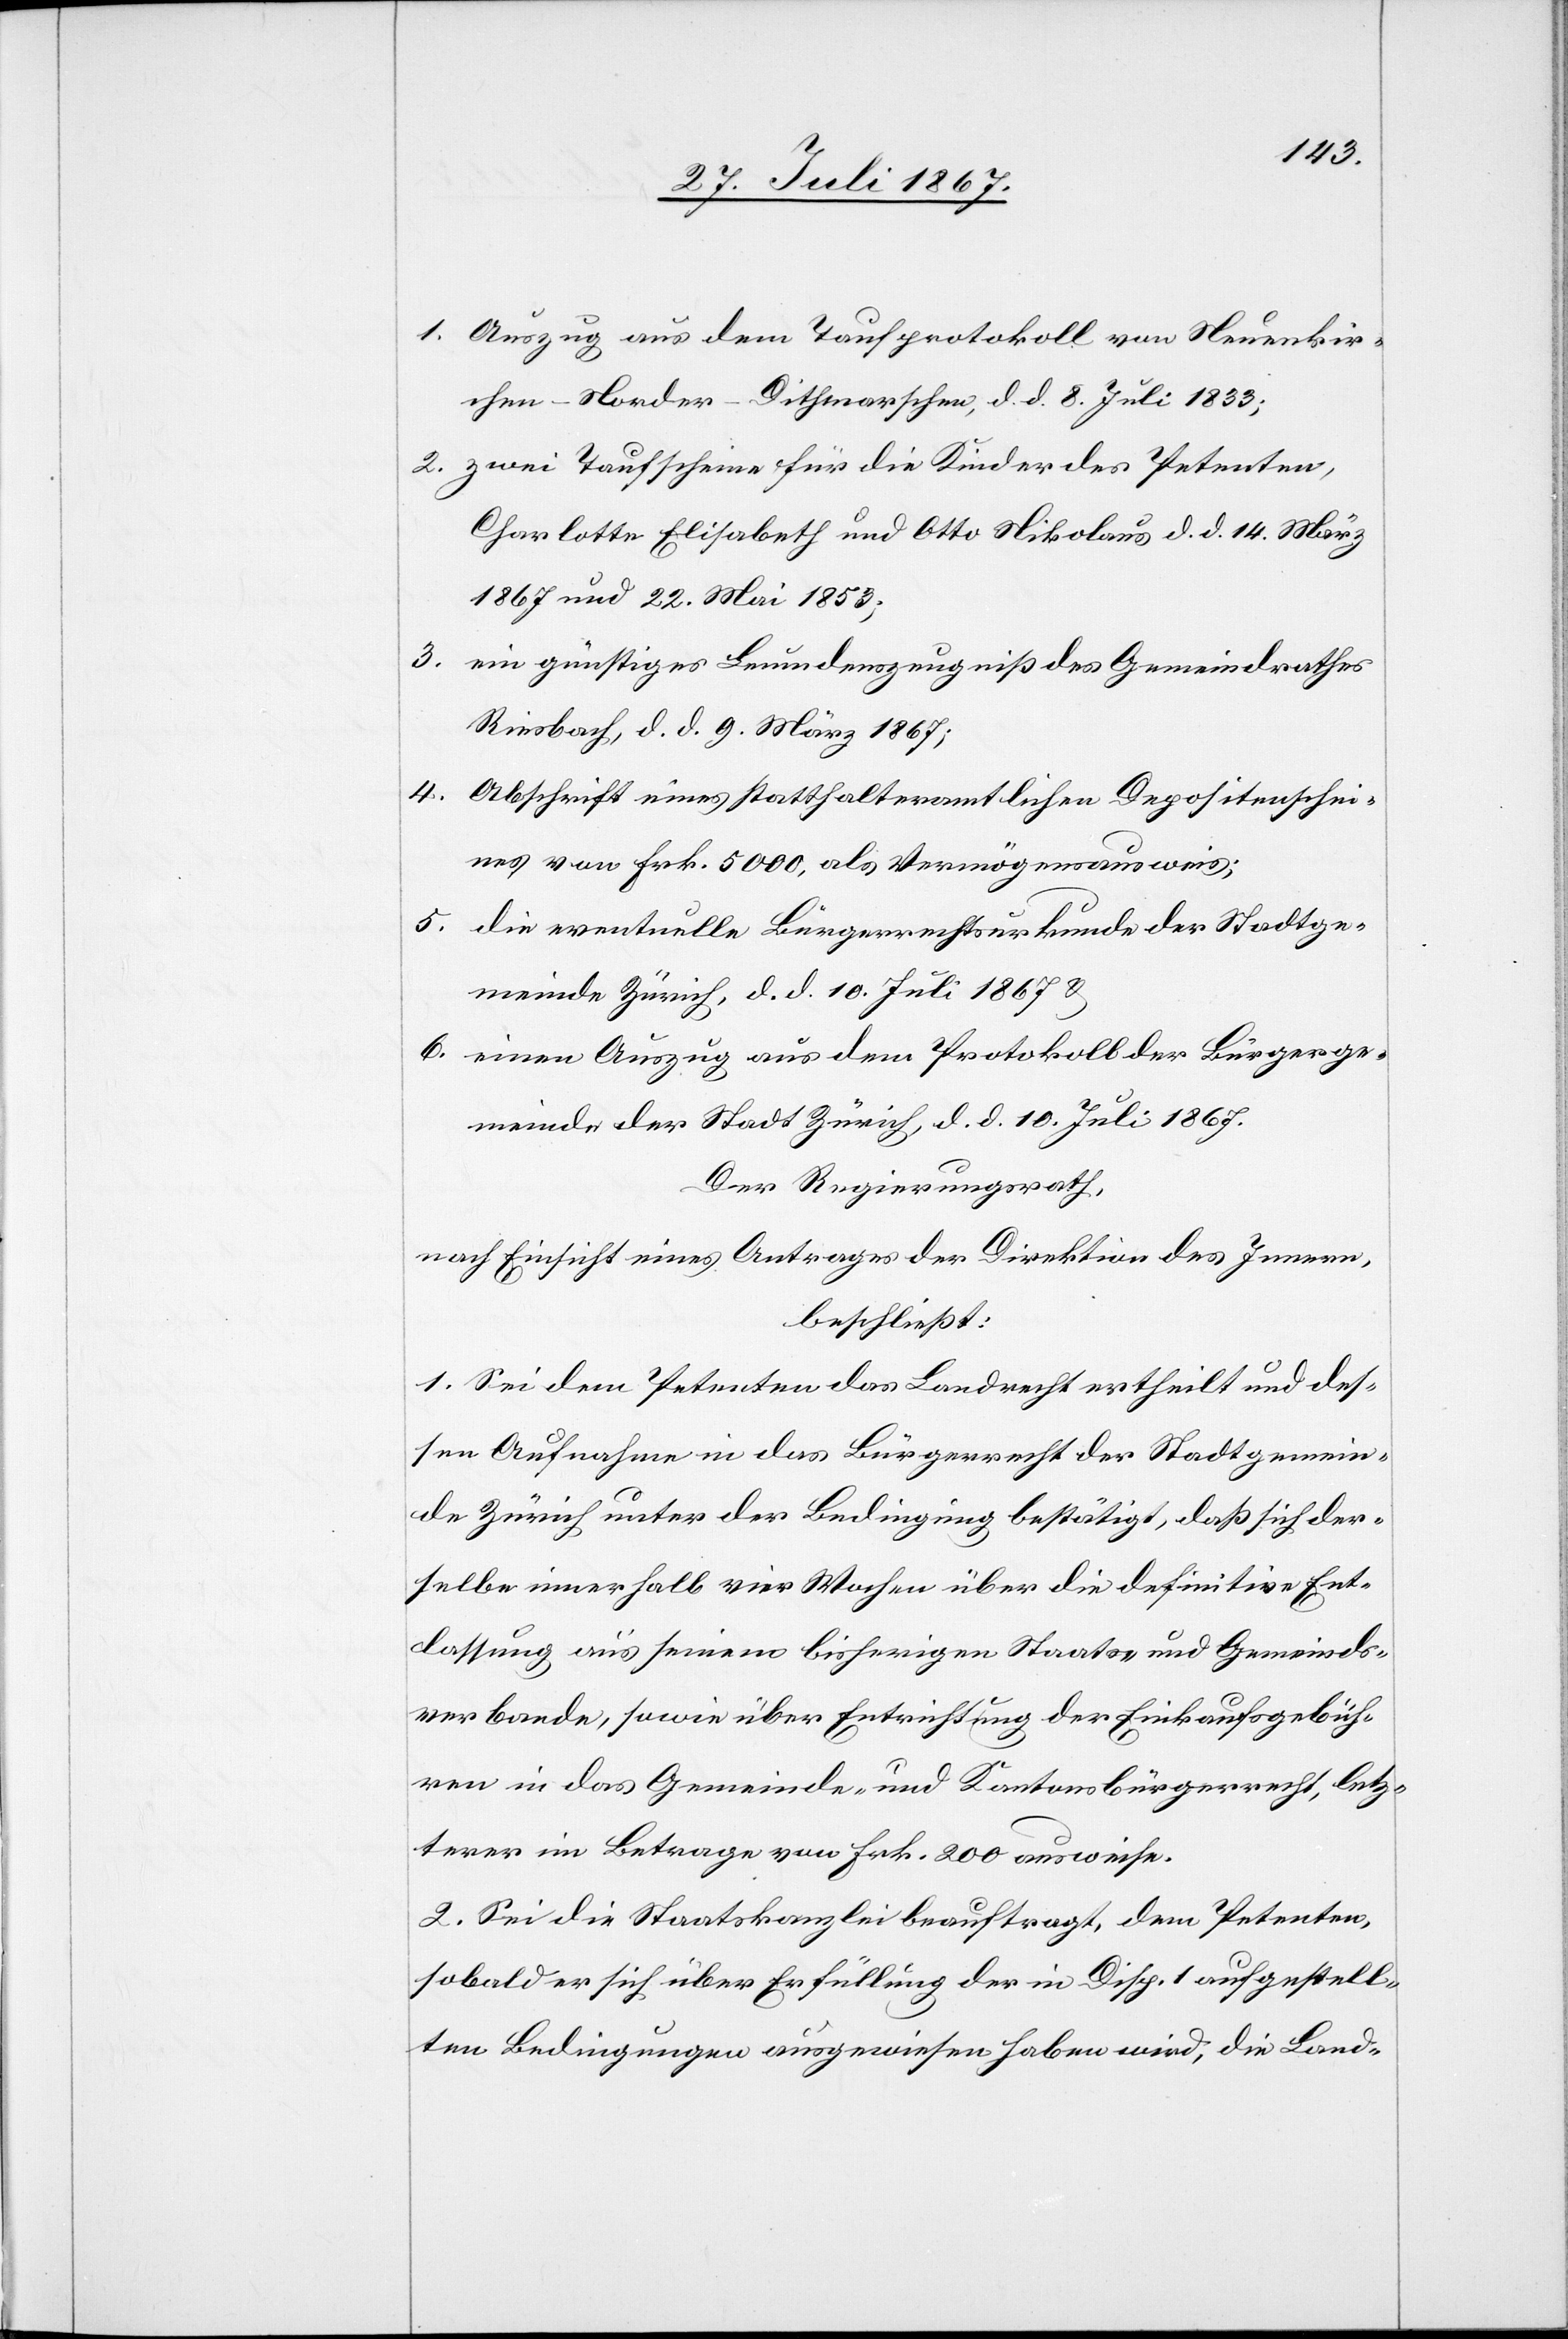
1. Auszug aus dem Taufprotokoll von Neuenkir¬
chen-Norder-Dithmarschen, d. d. 8. Juli 1833;
2. zwei Taufscheine für die Kinder des Petenten,
Charlotte Elisabeth und Otto Nikolaus d. d. 14. März
1867 und 22. Mai 1853;
3.
ein günstiges Leumdenszeugniß des Gemeindrathes
Riesbach, d. d. 9. März 1867;
4. Abschrift eines statthalteramtlichen Depositenschei¬
nes von Frk. 5000, als Vermögensausweis;
5. die eventuelle Bürgerrechtsurkunde der Stadtge¬
meinde Zürich, d. d. 10. Juli 1867 u.
6. einen Auszug aus dem Protokoll der Bürgerge¬
meinde der Stadt Zürich, d. d. 10. Juli 1867.
Der Regierungsrath,
nach Einsicht eines Antrages der Direktion des Innern,
beschließt:
1. Sei dem Petenten das Landrecht ertheilt und des¬
sen Aufnahme in das Bürgerrecht der Stadtgemein¬
de Zürich unter der Bedingung bestätigt, daß sich der¬
selbe innerhalb vier Wochen über die definitive Ent¬
lassung aus seinem bisherigen Staats- und Gemeinds¬
verbande, sowie über Entrichtung der Einkaufsgebüh¬
ren in das Gemeinde- und Kantonsbürgerrecht, letz¬
terer im Betrage von Frk. 200 ausweise.
2. Sei die Staatskanzlei beauftragt, dem Petenten,
sobald er sich über Erfüllung der in Disp. 1 aufgestell¬
ten Bedingungen ausgewiesen haben wird, die Land-